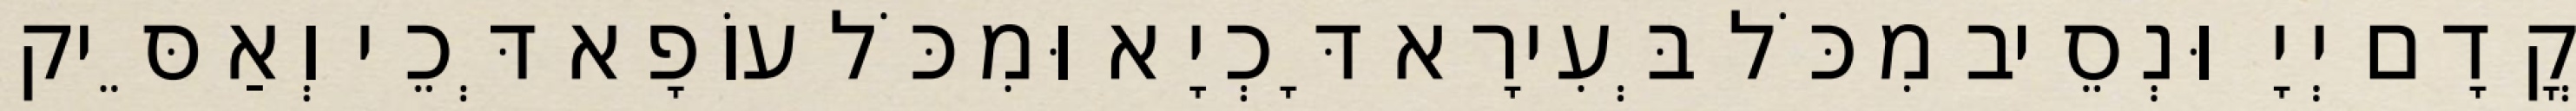
קֳדָם יְיָ וּנְסֵיב מִכֹּל בְּעִירָא דָּכְיָא וּמִכֹּל עוֹפָא דְּכֵי וְאַסֵּיק